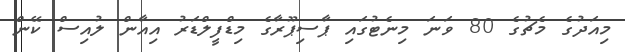
މިއަދުގެ މެޗުގެ 80 ވަނަ މިނެޓުގައި ޕާސިޕޫރާގެ މިޑްފީލްޑަރު އިއާން ލުއިސް ކޭން